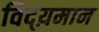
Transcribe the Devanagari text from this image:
विद्य़मान